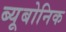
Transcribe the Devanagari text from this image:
ब्यूबोनिक